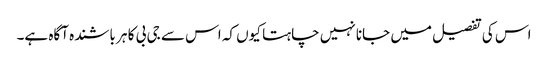
اس کی تفصیل میں جانا نہیں چاہتا کیوں کہ اس سے جی بی کا ہر باشندہ آگاہ ہے۔